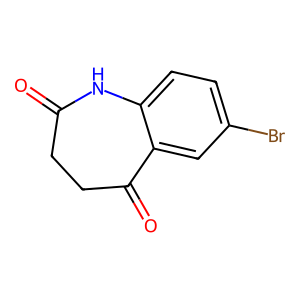
SMILES: O=C1CCC(=O)c2cc(Br)ccc2N1
Inhibits HIV replication: No